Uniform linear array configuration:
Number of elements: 12
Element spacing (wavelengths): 0.75
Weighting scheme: hamming
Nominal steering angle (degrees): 45
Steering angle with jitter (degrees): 44.732
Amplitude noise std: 0.05
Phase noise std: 0.05

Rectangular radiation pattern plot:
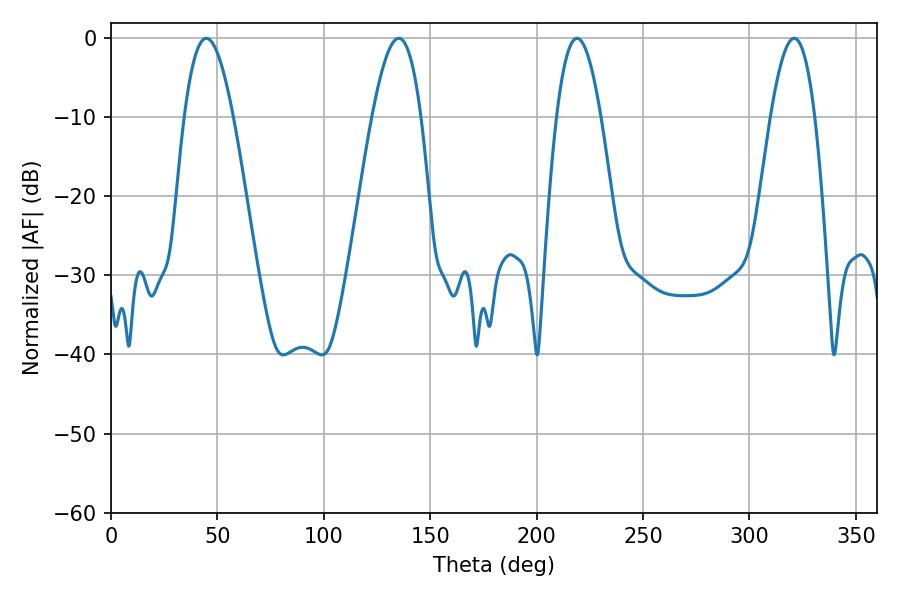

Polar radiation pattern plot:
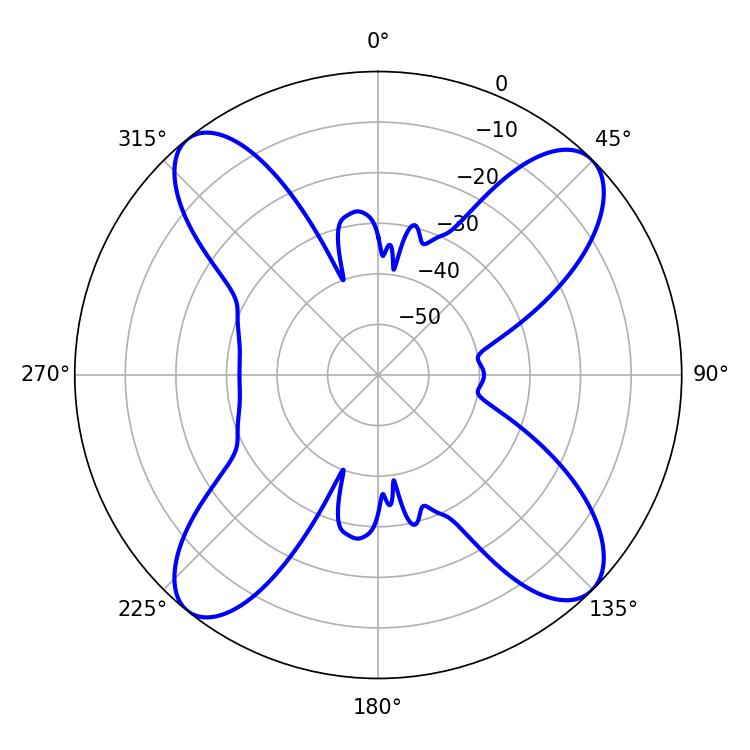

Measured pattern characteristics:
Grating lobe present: TRUE
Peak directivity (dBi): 14.994
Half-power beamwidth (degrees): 12.42
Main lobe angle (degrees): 44.82